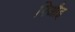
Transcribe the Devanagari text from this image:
पिऔइ